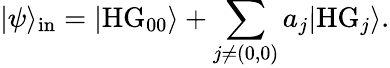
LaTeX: |\psi\rangle_{\mathrm{in}}=|\mathrm{HG}_{00}\rangle+\sum_{j\neq(0,0)}a_{j}|\mathrm{HG}_{j}\rangle.